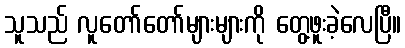
သူသည် လူတော်တော်များများကို တွေ့ဖူးခဲ့လေပြီ။